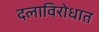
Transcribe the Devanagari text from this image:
दलाविरोधात